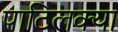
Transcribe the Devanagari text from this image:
पाटिलक्या